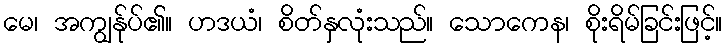
မေ၊ အကျွန်ုပ်၏။ ဟဒယံ၊ စိတ်နှလုံးသည်။ သောကေန၊ စိုးရိမ်ခြင်းဖြင့်။